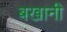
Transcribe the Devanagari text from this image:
बखानी